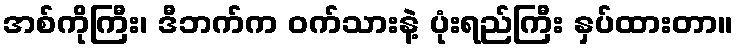
အစ်ကိုကြီး၊ ဒီဘက်က ဝက်သားနဲ့ ပုံးရည်ကြီး နှပ်ထားတာ။